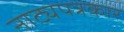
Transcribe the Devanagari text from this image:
नाट्यपत्रकार